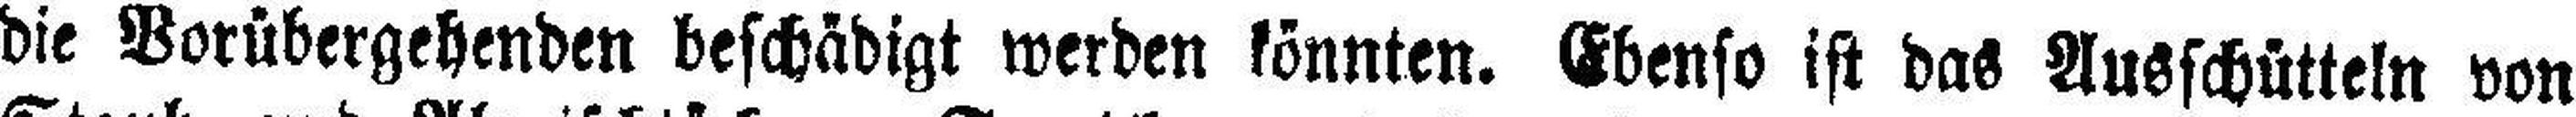
die Vorübergehenden beschädigt werden könnten. Ebenso ist das Ausschütteln von